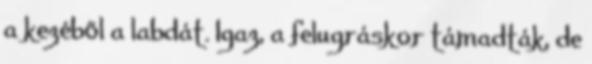
a kezéből a labdát. Igaz, a felugráskor támadták, de